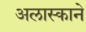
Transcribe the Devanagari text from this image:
अलास्काने